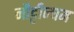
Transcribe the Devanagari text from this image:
नौट्टीन्घम